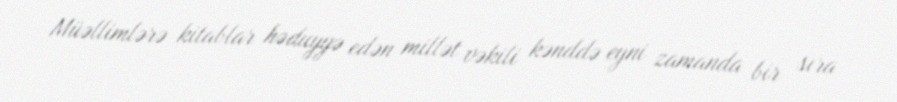
Müəllimlərə kitablar həduyyə edən millət vəkili kənddə eyni zamanda bir sıra